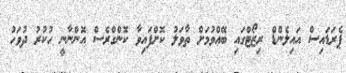
ޕެރަޑައިސް އައިލެންޑް ރިޒޯޓްގައި ބޭއްވުމަށް ތާވަލު ކޮށްފައިވާ ކޮންގްރެސް އޮންނާނީ ހުކުރު ދުވަހު